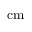
\mathrm { c m }